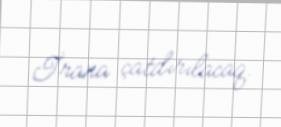
İrana çatdırılacaq.